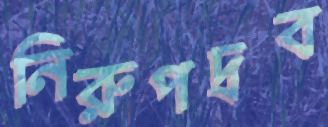
নিরুপদ্রব